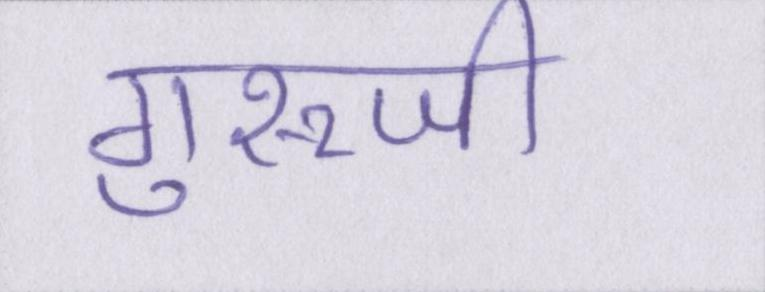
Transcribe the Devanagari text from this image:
गुरूजी